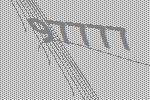
97777